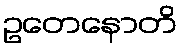
ဥတေနောတိ